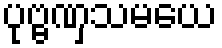
ပုဗ္ဗဏှသမယေ